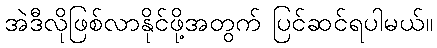
အဲဒီလိုဖြစ်လာနိုင်ဖို့အတွက် ပြင်ဆင်ရပါမယ်။